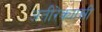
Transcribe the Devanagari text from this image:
अतीरेक्यान्नी